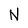
Character: N